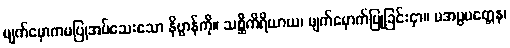
မျက်မှောကမပြုအပ်သေးသော နိဗ္ဗာန်ကို။ သစ္ဆိကိရိယာယ၊ မျက်မှောက်ပြုခြင်းငှာ။ မအပ္ပမတ္တေန၊